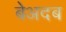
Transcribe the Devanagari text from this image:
बेअदब